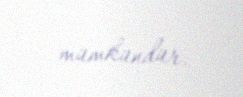
mümkündür.